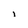
Character: i